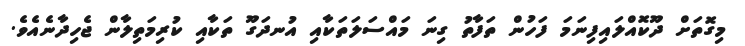
މިގޮތަށް ދޫކޮއްލައިފިނަމަ ފަހުން ތަފާތު ގިނަ މައްސަލަތަކާއި އުނދަގޫ ތަކާއި ކުރިމަތިލާން ޖެހިދާނެއެވެ.